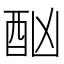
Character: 酗